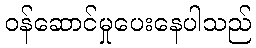
ဝန်ဆောင်မှုပေးနေပါသည်